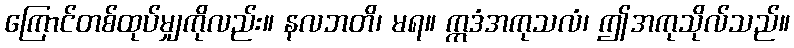
ကြောင်တစ်ထုပ်မျှကိုလည်း။ နလဘတိ၊ မရ။ ဣဒံအကုသလံ၊ ဤအကုသိုလ်သည်။